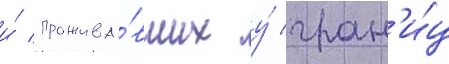
и́ прожива́вших у́ гран'и́ц